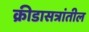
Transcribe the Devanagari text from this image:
क्रीडासत्रांतील